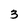
Character: 3